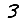
Digit: 3